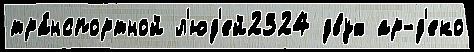
тра́нспортной л'юд'ей2324 двух ар-д'еко